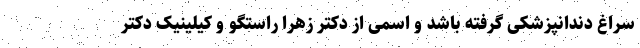
سراغ دندانپزشکی گرفته باشد و اسمی از دکتر زهرا راستگو و کیلینیک دکتر